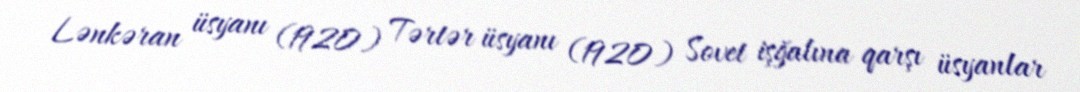
Lənkəran üsyanı (1920) Tərtər üsyanı (1920) Sovet işğalına qarşı üsyanlar